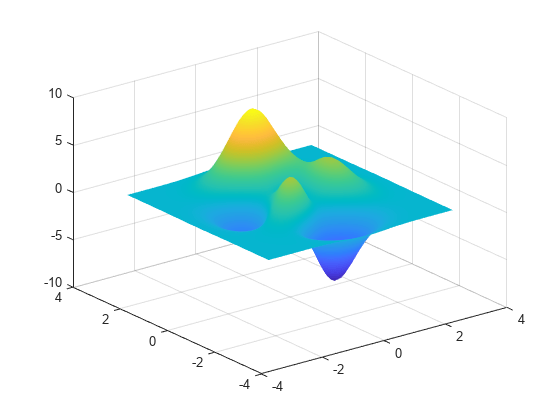
matlab, surf, shading